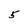
Character: 5